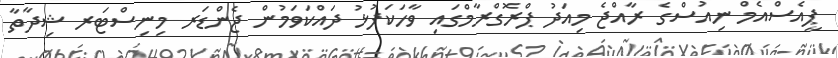
ޕީއެސްއެމް ނިއުސްގެ ރާއްޖެ މިއަދު ޕްރޮގްރާމްގައި ވާހަކަފުޅު ދައްކަވަމުން ޖެންޑަރ މިނިސްޓަރ ޝިދާތާ